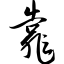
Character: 靠